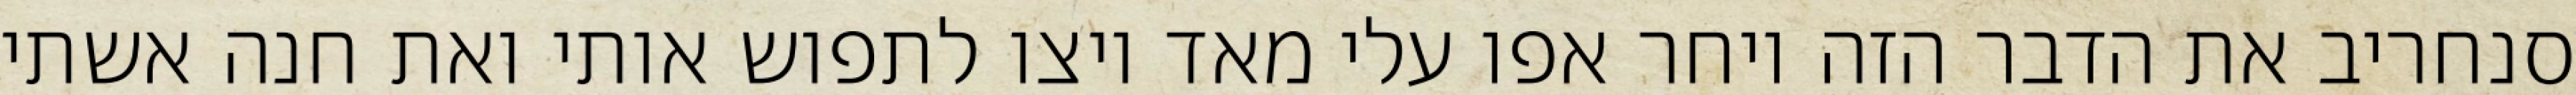
סנחריב את הדבר הזה ויחר אפו עלי מאד ויצו לתפוש אותי ואת חנה אשתי